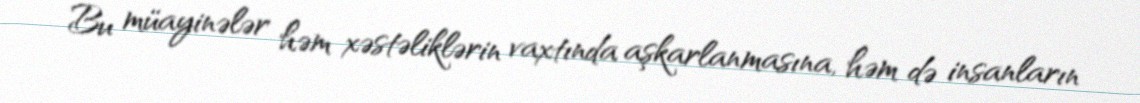
Bu müayinələr həm xəstəliklərin vaxtında aşkarlanmasına, həm də insanların